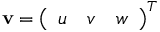
{ \bf { v } } = { \left( \begin{array} { l l l } { u } & { v } & { w } \end{array} \right) } ^ { T }